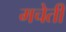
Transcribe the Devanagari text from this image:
मचेती